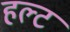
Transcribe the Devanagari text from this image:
हल्ट